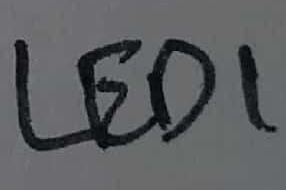
Text: LED1